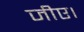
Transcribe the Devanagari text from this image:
जीए।